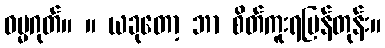
ဓမ္မဂုတ်။ ။ ယခုတော့ ဘာ စိတ်ကူးရပြန်တုန်း။